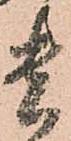
貴